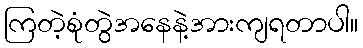
ကြတဲ့စုံတွဲအနေနဲ့အားကျရတာပါ။